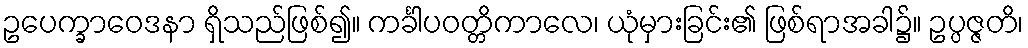
ဥပေက္ခာဝေဒနာ ရှိသည်ဖြစ်၍။ ကင်္ခါပဝတ္တိကာလေ၊ ယုံမှားခြင်း၏ ဖြစ်ရာအခါ၌။ ဥပ္ပဇ္ဇတိ၊